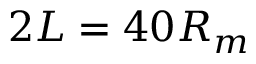
2 L = 4 0 R _ { m }